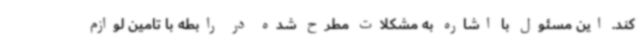
کند. این مسئول با اشاره به مشکلات مطرح‌ شده در رابطه با تامین لوازم